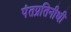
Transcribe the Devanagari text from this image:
पंतप्रतिनीधी